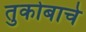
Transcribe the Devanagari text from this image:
तुकोबाचे